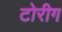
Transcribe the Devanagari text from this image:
टोरीग